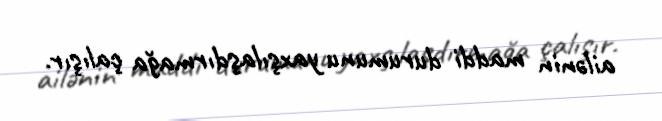
ailənin maddi durumunu yaxşılaşdırmağa çalışır.